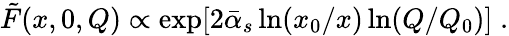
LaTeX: {\tilde{F}}(x,0,Q)\propto\exp[2{\bar{\alpha}}_{s}\ln(x_{0}/x)\ln(Q/Q_{0})]\; .